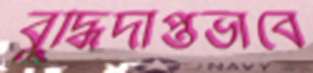
বুদ্ধিদীপ্তভাবে